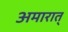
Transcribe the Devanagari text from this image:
अमारात्